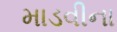
માડવીના